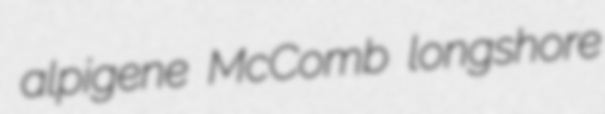
alpigene McComb longshore